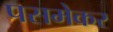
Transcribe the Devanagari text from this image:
पसमेकर